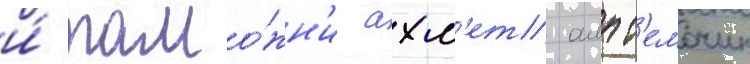
и́ тамо́жн'и ахм'ет алпт'емочин